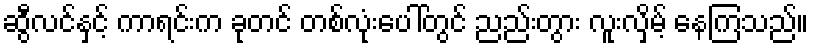
ဆွီလင်နှင့် ကာရင်းက ခုတင် တစ်လုံးပေါ်တွင် ညည်းတွား လူးလှိမ့် နေကြသည်။